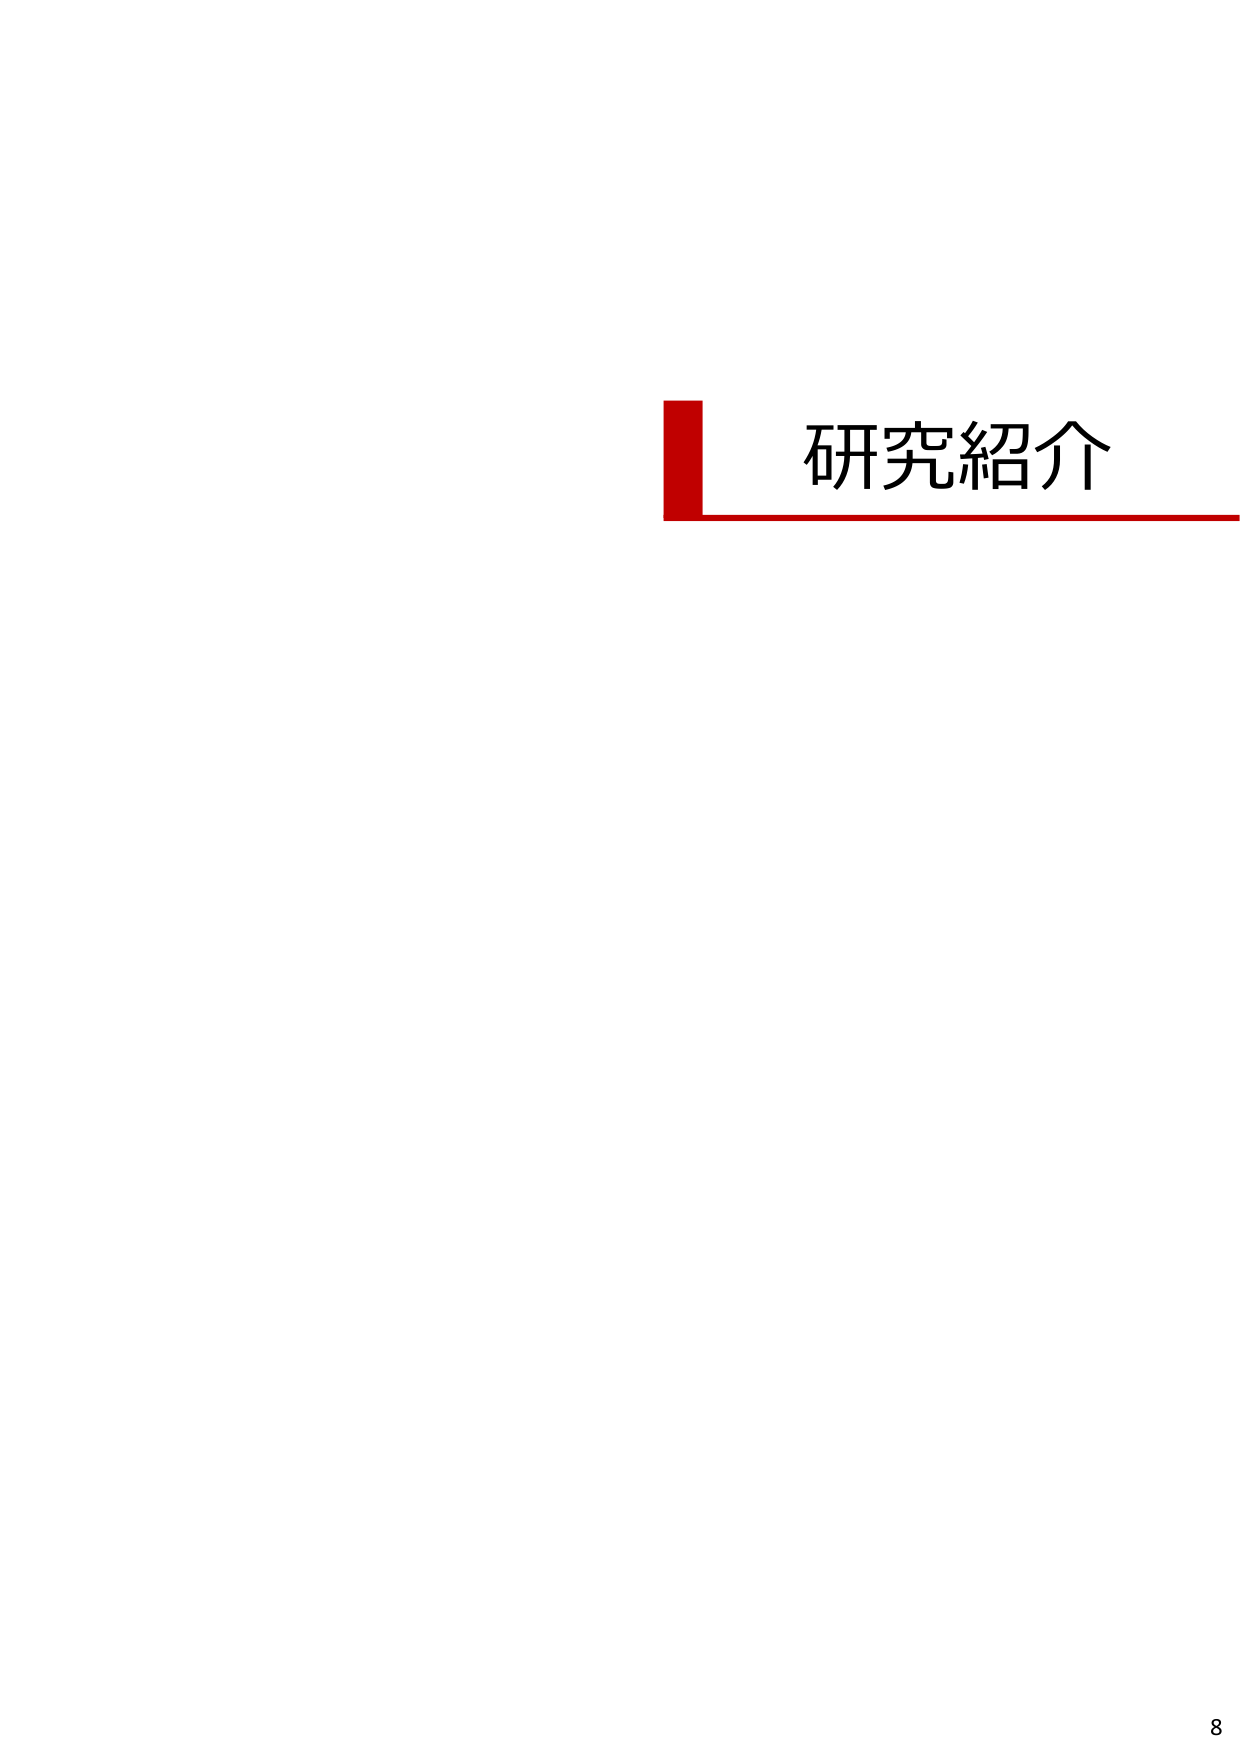
研究紹介
8